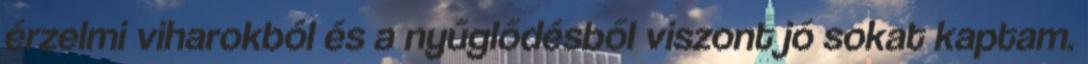
érzelmi viharokból és a nyűglődésből viszont jó sokat kaptam.